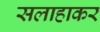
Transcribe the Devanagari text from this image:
सलाहाकर